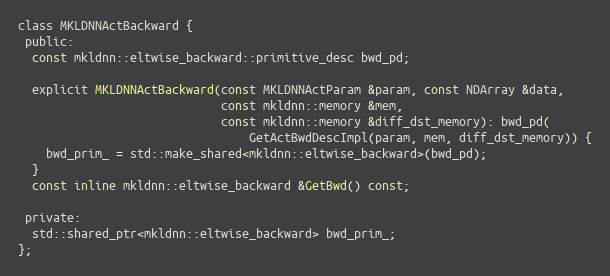
Language: C
class MKLDNNActBackward {
 public:
  const mkldnn::eltwise_backward::primitive_desc bwd_pd;

  explicit MKLDNNActBackward(const MKLDNNActParam &param, const NDArray &data,
                             const mkldnn::memory &mem,
                             const mkldnn::memory &diff_dst_memory): bwd_pd(
                                 GetActBwdDescImpl(param, mem, diff_dst_memory)) {
    bwd_prim_ = std::make_shared<mkldnn::eltwise_backward>(bwd_pd);
  }
  const inline mkldnn::eltwise_backward &GetBwd() const;

 private:
  std::shared_ptr<mkldnn::eltwise_backward> bwd_prim_;
};